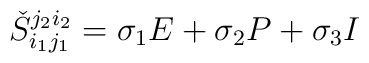
\check{S}_{i_1j_1}^{j_2i_2}=\sigma_1 E+\sigma_2 P+\sigma_3 I